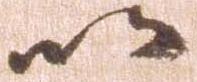
以